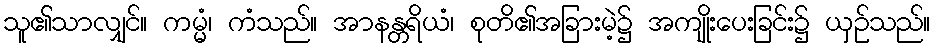
သူ၏သာလျှင်။ ကမ္မံ၊ ကံသည်။ အာနန္တရိယံ၊ စုတိ၏အခြားမဲ့၌ အကျိုးပေးခြင်း၌ ယှဉ်သည်။